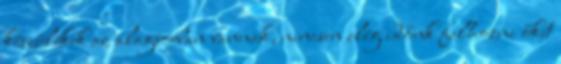
készülékek az alagsorban vannak, nincsen elég időnk felhozni őket